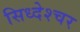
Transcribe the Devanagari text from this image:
सिध्देश्चर